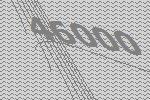
46000